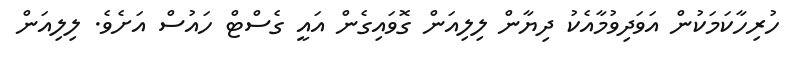
ހުރިހާކަމަކުން އަވަދިވުމާއެކު ދިޔާން ލިލިއަން ގޮވައިގެން އައީ ގެސްޓް ހައުސް އަށެވެ. ލިލިއަން